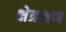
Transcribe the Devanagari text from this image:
क्षेत्रक्षण